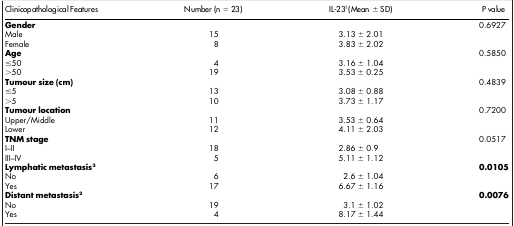
<table><thead><tr><td><b>Clinicopathological Features</b></td><td><b>Number (n = 23)</b></td><td><b>IL-231(Mean ± SD)</b></td><td><b>P value</b></td></tr></thead><tbody><tr><td><b>Gender</b></td><td> </td><td> </td><td>0.6927</td></tr><tr><td>Male</td><td>15</td><td>3.13 ± 2.01</td><td> </td></tr><tr><td>Female</td><td>8</td><td>3.83 ± 2.02</td><td> </td></tr><tr><td><b>Age</b></td><td> </td><td> </td><td>0.5850</td></tr><tr><td>≤50</td><td>4</td><td>3.16 ± 1.04</td><td> </td></tr><tr><td>&gt;50</td><td>19</td><td>3.53 ± 0.25</td><td> </td></tr><tr><td><b>Tumour size (cm)</b></td><td> </td><td> </td><td>0.4839</td></tr><tr><td>≤5</td><td>13</td><td>3.08 ± 0.88</td><td> </td></tr><tr><td>&gt;5</td><td>10</td><td>3.73 ± 1.17</td><td> </td></tr><tr><td><b>Tumour location</b></td><td> </td><td> </td><td>0.7200</td></tr><tr><td>Upper/Middle</td><td>11</td><td>3.53 ± 0.64</td><td> </td></tr><tr><td>Lower</td><td>12</td><td>4.11 ± 2.03</td><td> </td></tr><tr><td><b>TNM stage</b></td><td> </td><td> </td><td>0.0517</td></tr><tr><td>I–II</td><td>18</td><td>2.86 ± 0.9</td><td> </td></tr><tr><td>III–IV</td><td>5</td><td>5.11 ± 1.12</td><td> </td></tr><tr><td><b>Lymphatic metastasis</b>2</td><td> </td><td> </td><td><b>0.0105</b></td></tr><tr><td>No</td><td>6</td><td>2.6 ± 1.04</td><td> </td></tr><tr><td>Yes</td><td>17</td><td>6.67 ± 1.16</td><td> </td></tr><tr><td><b>Distant metastasis</b>2</td><td> </td><td> </td><td><b>0.0076</b></td></tr><tr><td>No</td><td>19</td><td>3.1 ± 1.02</td><td> </td></tr><tr><td>Yes</td><td>4</td><td>8.17 ± 1.44</td><td> </td></tr></tbody></table>